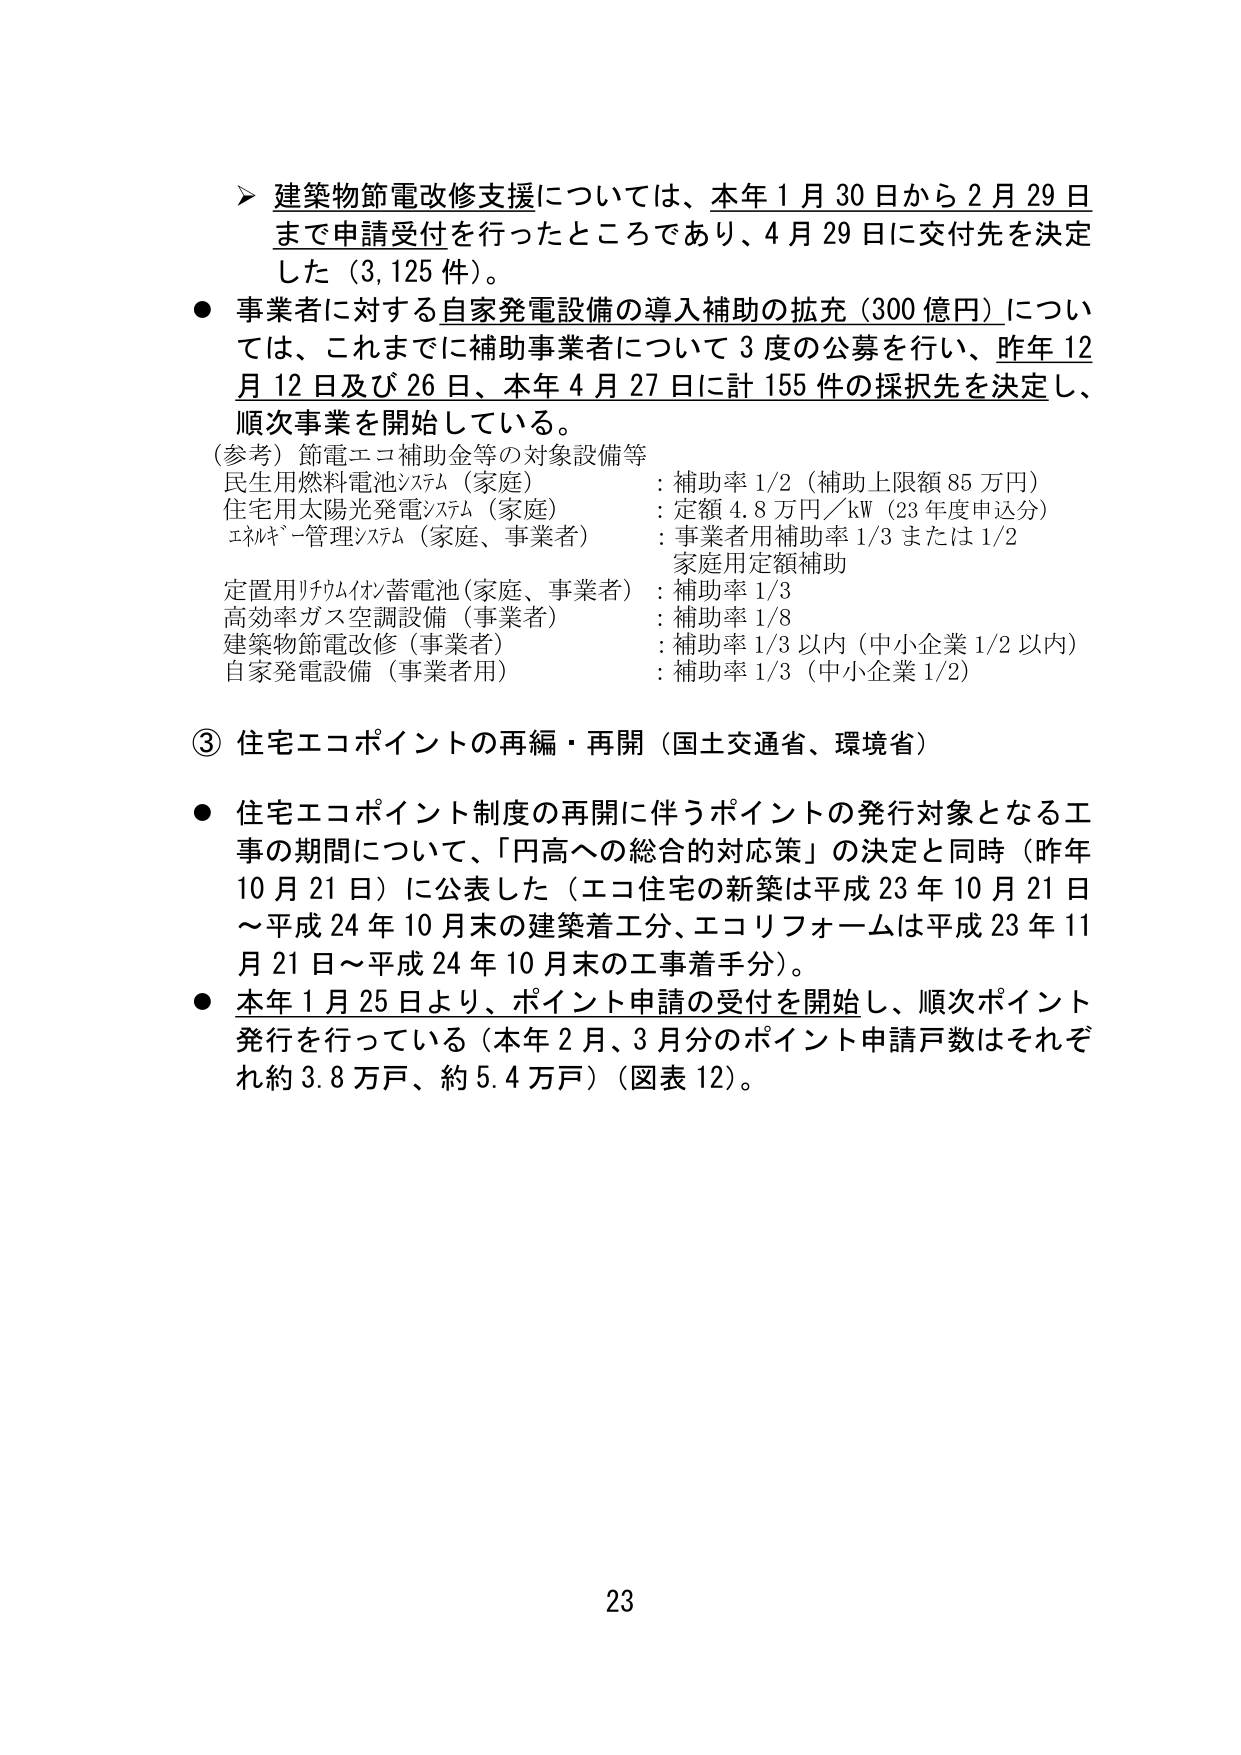
➤ 建築物節電改修支援については、本年１月30日から２月29日まで申請受付を行ったところであり、４月29日に交付先を決定した（3,125件）。

● 事業者に対する自家発電設備の導入補助の拡充（300億円）については、これまでに補助事業者について３度の公募を行い、昨年12月12日及び26日、本年4月27日に計155件の採択先を決定し、順次事業を開始している。

（参考）節電エコ補助金等の対象設備等
民生用燃料電池システム（家庭）：補助率1/2（補助上限額85万円）
住宅用太陽光発電システム（家庭）：定額4.8万円／kW（23年度申込分）
エネルギー管理システム（家庭、事業者）：事業者用補助率1/3または1/2
　　　　　　　　　　　　　　　　　　家庭用定額補助
定置用リチウムイオン蓄電池（家庭、事業者）：補助率1/3
高効率ガス空調設備（事業者）：補助率1/8
建築物節電改修（事業者）：補助率1/3以内（中小企業1/2以内）
自家発電設備（事業者用）：補助率1/3（中小企業1/2）

③ 住宅エコポイントの再編・再開（国土交通省、環境省）

● 住宅エコポイント制度の再開に伴うポイントの発行対象となる工事の期間について、「円高への総合的対応策」の決定と同時（昨年10月21日）に公表した（エコ住宅の新築は平成23年10月21日～平成24年10月末の建築着工分、エコリフォームは平成23年11月21日～平成24年10月末の工事着手分）。

● 本年1月25日より、ポイント申請の受付を開始し、順次ポイント発行を行っている（本年2月、3月分のポイント申請戸数はそれぞれ約3.8万戸、約5.4万戸）（図表12）。

23